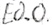
Text: E0.0.